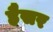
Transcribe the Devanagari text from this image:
हैसर